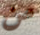
من